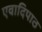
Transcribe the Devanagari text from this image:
एवादिपाठ